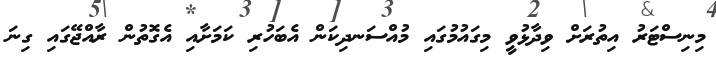
މިނިސްޓަރު އިތުރަށް ވިދާޅުވީ މިގައުމުގައި މުއްސަނދިކަން އެބަހުރި ކަމަށާއި އެގޮތުން ރާއްޖޭގައި ގިނަ